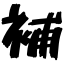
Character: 補